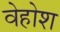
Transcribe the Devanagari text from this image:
वेहोश